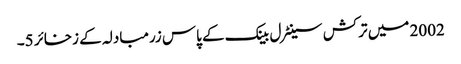
2002 میں ترکش سینٹرل بینک کے پاس زرمبادلہ کے زخائر 5۔